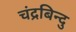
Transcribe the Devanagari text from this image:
चंद्रबिन्दु